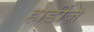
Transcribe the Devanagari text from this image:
हार्डीज़